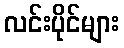
လင်းပိုင်များ